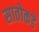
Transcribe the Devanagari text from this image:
सातोकडे